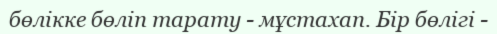
бөлікке бөліп тарату - мұстахап. Бір бөлігі -